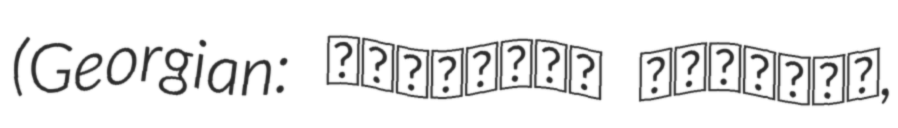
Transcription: (Georgian: სადგურის მოედანი,